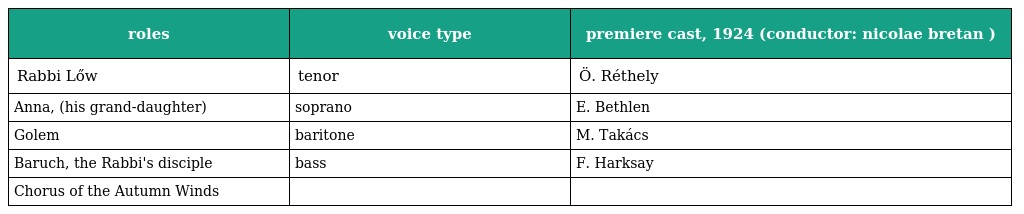
| roles | voice type | premiere cast, 1924 (conductor: nicolae bretan ) |
 | --- | --- | --- |
 | Rabbi Lőw | tenor | Ö. Réthely |
 | Anna, (his grand-daughter) | soprano | E. Bethlen |
 | Golem | baritone | M. Takács |
 | Baruch, the Rabbi's disciple | bass | F. Harksay |
 | Chorus of the Autumn Winds |  |  |